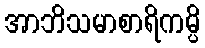
အာဘိသမာစာရိကမ္ပိ